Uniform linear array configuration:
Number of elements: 4
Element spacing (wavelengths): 0.5
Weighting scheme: cosine
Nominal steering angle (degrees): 45
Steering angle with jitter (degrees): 43.409
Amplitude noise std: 0.05
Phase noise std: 0.05

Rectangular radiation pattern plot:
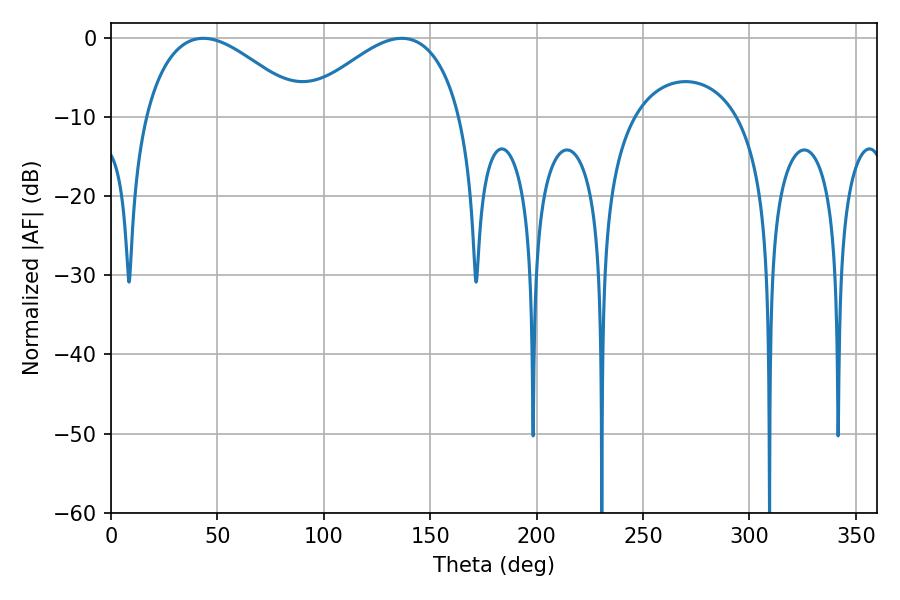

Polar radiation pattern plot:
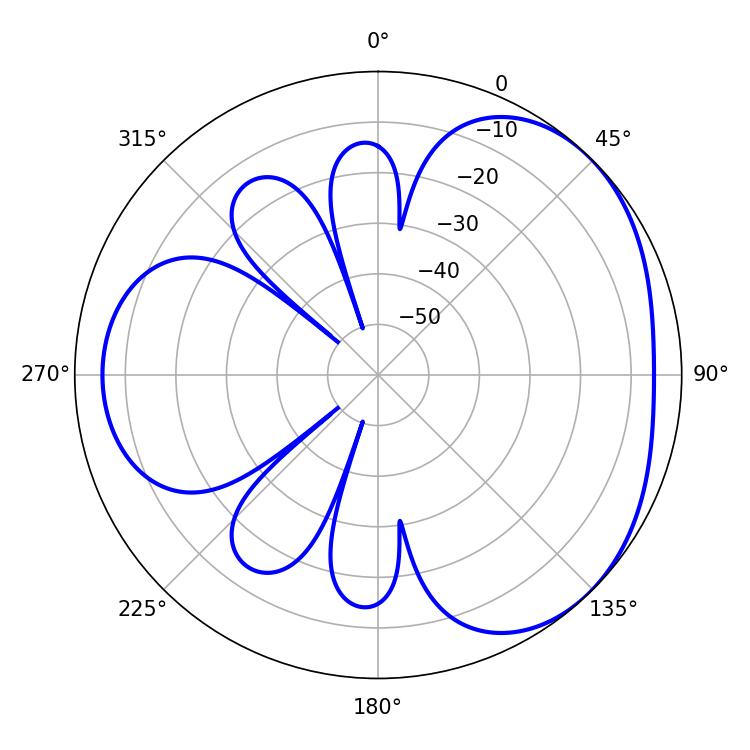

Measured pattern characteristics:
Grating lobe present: FALSE
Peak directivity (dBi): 3.361
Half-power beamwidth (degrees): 41.22
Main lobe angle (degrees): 43.38